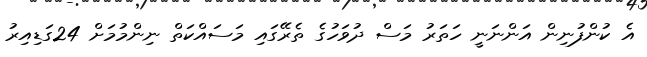
އެ ކުންފުނިން އަންނަނީ ހަތަރު މަސް ދުވަހުގެ ތެރޭގައި މަސައްކަތް ނިންމުމަށް 24ގަޑިއިރު